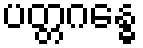
ပတ္တဂန္ဓေ